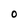
Character: 0